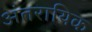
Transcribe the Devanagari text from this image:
अंतरायिक